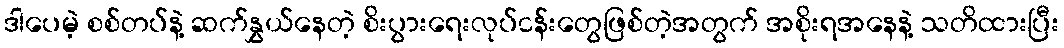
ဒါပေမဲ့ စစ်တပ်နဲ့ ဆက်နွှယ်နေတဲ့ စိးပွားရေးလုပ်ငန်းတွေဖြစ်တဲ့အတွက် အစိုးရအနေနဲ့ သတိထားပြီး